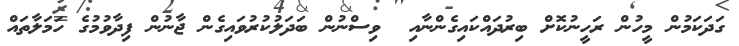
ގަދަކަމުން މީހުން ރަހީނުކޮށް ބިރުދައްކައިގެންނާއި  ވިސްނުން ބަދަލުކުރުވައިގެން ޖާނުން ފިދާވުމުގެ ހަމަލާތައް